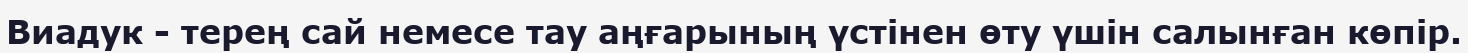
Виадук - терең сай немесе тау аңғарының үстінен өту үшін салынған көпір.